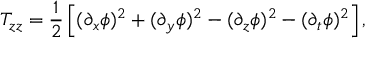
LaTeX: T _ { z z } = { \frac { 1 } { 2 } } \left[ ( \partial _ { x } \phi ) ^ { 2 } + ( \partial _ { y } \phi ) ^ { 2 } - ( \partial _ { z } \phi ) ^ { 2 } - ( \partial _ { t } \phi ) ^ { 2 } \right] ,